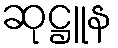
ဆုဋ္ဌူန